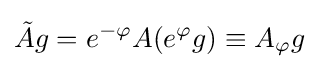
{\tilde {A}}g=e^{-\varphi }A(e^{\varphi }g)\equiv A_{\varphi }g